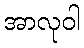
အာလုဝါ